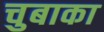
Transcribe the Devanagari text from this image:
चुबाका